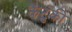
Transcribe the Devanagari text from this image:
कैंटुंकी